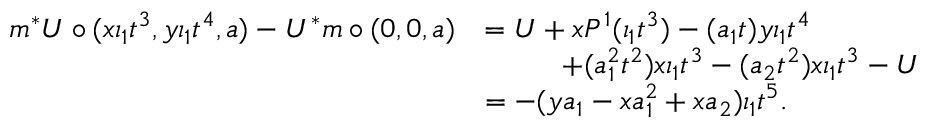
\begin{array} { r l } { m ^ { * } U \circ ( x \iota _ { 1 } t ^ { 3 } , y \iota _ { 1 } t ^ { 4 } , a ) - U ^ { * } m \circ ( 0 , 0 , a ) } & { = U + x P ^ { 1 } ( \iota _ { 1 } t ^ { 3 } ) - ( a _ { 1 } t ) y \iota _ { 1 } t ^ { 4 } } \\ & { \, \, \, \, \, \, \, \, \, \, \, \, \, \, \, \, + ( a _ { 1 } ^ { 2 } t ^ { 2 } ) x \iota _ { 1 } t ^ { 3 } - ( a _ { 2 } t ^ { 2 } ) x \iota _ { 1 } t ^ { 3 } - U } \\ & { = - ( y a _ { 1 } - x a _ { 1 } ^ { 2 } + x a _ { 2 } ) \iota _ { 1 } t ^ { 5 } . } \end{array}